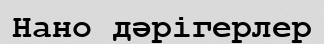
Нано дәрігерлер